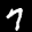
Label: 7